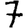
Digit: 7